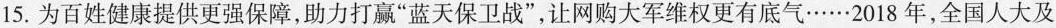
15.为百姓健康提供更强保障，助力打赢”蓝天保卫战”，让网购大军维权更有底气……2018年，全国人大及